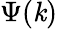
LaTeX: \Psi(\mathit{k})